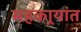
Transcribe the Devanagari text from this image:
सहकार्‍यांत